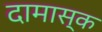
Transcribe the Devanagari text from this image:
दामास्क